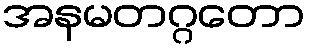
အနမတဂ္ဂတော